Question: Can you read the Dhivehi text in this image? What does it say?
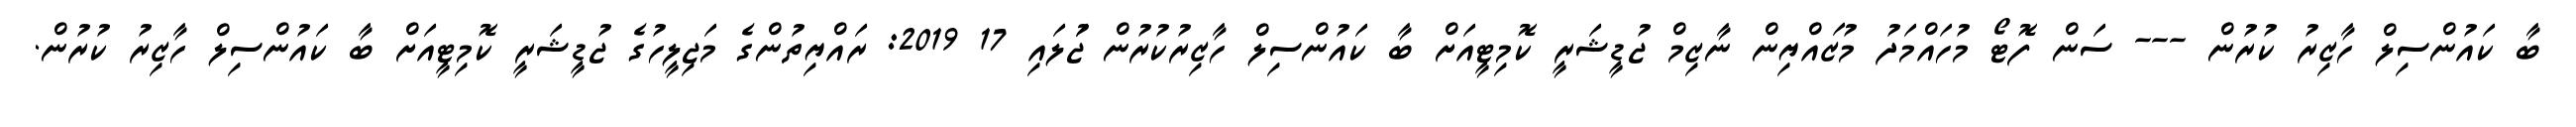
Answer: ބާ ކައުންސިލް ހާޒިރު ކުރުން --- ސަން ފޮޓޯ މުހައްމަދު މުޒައްޔިން ނާޒިމް ޖުޑީޝަރީ ކޮމިޓީއަށް ބާ ކައުންސިލް ހާޒިރުކުރުން ޖުަލައި 17 2019: ރައްޔިތުންގެ މަޖިލީހުގެ ޖުޑީޝަރީ ކޮމިޓީއަށް ބާ ކައުންސިލް ހާޒިރު ކުރުން.